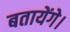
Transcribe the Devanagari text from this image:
बतायेंगे।